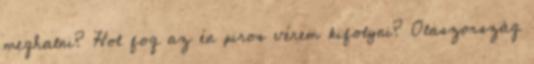
meghalni? Hol fog az én piros vérem kifolyni? Olaszország